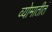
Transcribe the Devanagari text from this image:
व्योमातीतं